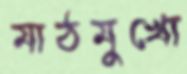
মাঠমুখো